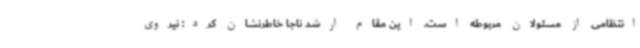
انتظامی از مسئولان مربوطه است. این مقام ارشد ناجا خاطرنشان کرد: نیروی